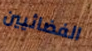
الفضائيين